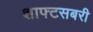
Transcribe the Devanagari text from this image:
शाफ्टसबरी